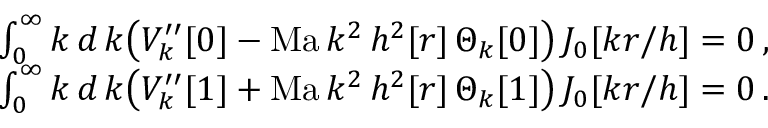
\begin{array} { r } { \int _ { 0 } ^ { \infty } k \, d \, { k } \big ( V _ { k } ^ { \prime \prime } [ 0 ] - \mathrm { M a } \, k ^ { 2 } \, h ^ { 2 } [ r ] \, \Theta _ { k } [ 0 ] \big ) \, J _ { 0 } [ k r / h ] = 0 \, , \, } \\ { \int _ { 0 } ^ { \infty } k \, d \, { k } \big ( V _ { k } ^ { \prime \prime } [ 1 ] + \mathrm { M a } \, k ^ { 2 } \, h ^ { 2 } [ r ] \, \Theta _ { k } [ 1 ] \big ) \, J _ { 0 } [ k r / h ] = 0 \, . \, } \end{array}